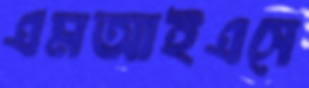
এমআইএসে